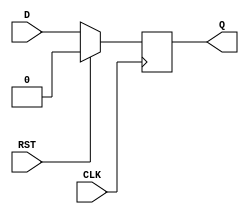
module D_ff_behavioural(input D,CLK,RST,output reg Q);
   
  always@(posedge CLK)
    begin
     if(RST)
	  begin
       Q <= 0;
	  end 
     else
	  begin
       Q <= D;
	  end 
	end

endmodule